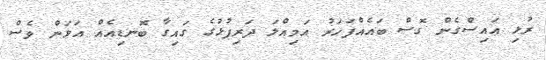
ރުޅި އައިސްގެން ގޮސް ބައެއްފަހަރު އަމިއްލަ ދަރިފުޅުގެ ގައިގާ ބޮނޑިއެއް އަޅަން ވެސް